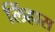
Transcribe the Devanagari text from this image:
लिंहास